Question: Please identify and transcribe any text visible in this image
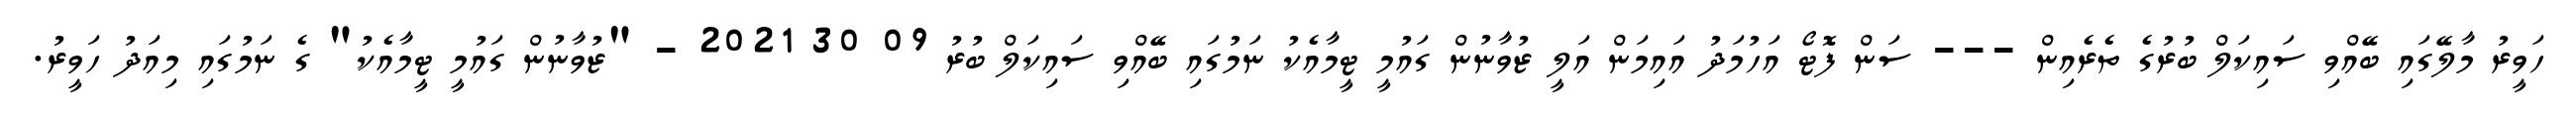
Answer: ހަވީރު މާލޭގައި ބޭއްވި ސައިކަލް ބުރުގެ ތެރެއިން --- ސަން ފޮޓޯ އަހުމަދު އައިމަން އަލީ ޒުވާނުން ގައުމީ ޓީމާއެކު ނަމުގައި ބޭއްވި ސައިކަލް ބުރު 09 30 2021 - "ޒުވާނުން ގައުމީ ޓީމާއެކު" ގެ ނަމުގައި މިއަދު ހަވީރު.